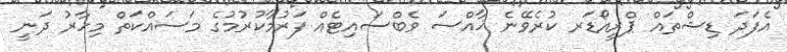
އެފަދަ ޑިޝްތައް ޕްރީއޯޑަރ ކުރެވޭނެ ޚާއްސަ ވެބްސައިޓެއް ފަރުމާކުރުމުގެ މަސައްކަތް މިހާރު ދަނީ